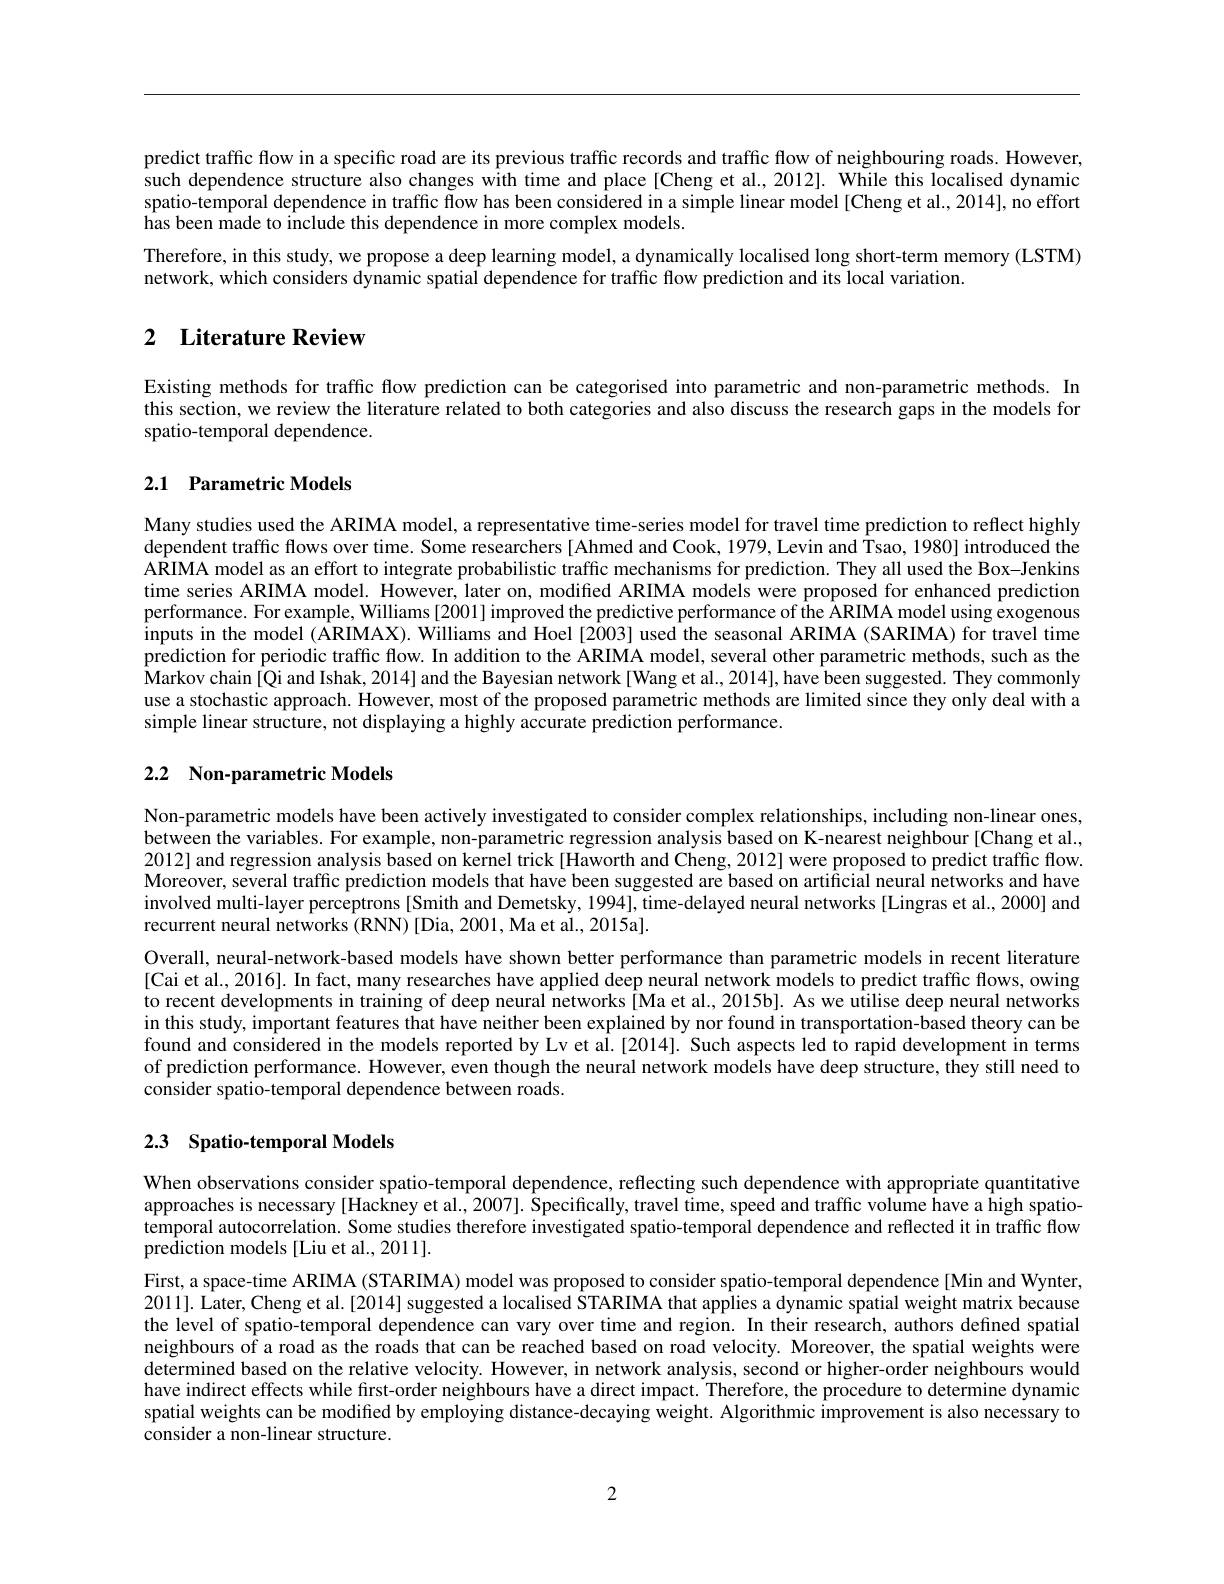
predict traffic flow in a specific road are its previous traffic records and traffic flow of neighbouring roads. However, such dependence structure also changes with time and place [Cheng et al., 2012]. While this localised dynamic spatio-temporal dependence in traffic flow has been considered in a simple linear model [Cheng et al., 2014], no effort has been made to include this dependence in more complex models.
Therefore, in this study, we propose a deep learning model, a dynamically localised long short-term memory (LSTM)
network, which considers dynamic spatial dependence for traffic flow prediction and its local variation.

## 2 Literature Review

Existing methods for traffic flow prediction can be categorised into parametric and non-parametric methods. In this section, we review the literature related to both categories and also discuss the research gaps in the models for spatio-temporal dependence.

## 2.1 Parametric Models

Many studies used the ARIMA model, a representative time-series model for travel time prediction to reflect highly dependent traffic flows over time. Some researchers [Ahmed and Cook, 1979, Levin and Tsao, 1980] introduced the A$\hat{\text{RIMA model as an effort to integrate probabilistic traffic mechanisms for prediction. They all used the Box-Jenkins}^{\prime}{\mathrm{ARIMA~model~as~an~effort~to~integrate~probabilistic~traffic~mechanisms~for~prediction.~They~all~used~the~Box-Jenkins}^{\prime}{\mathrm{ARIM}}}}$ time series ARIMA model. However, later on, modified ARIMA models were proposed for enhanced prediction performance. For example, Williams[2001] improved the predictive performance of the ARIMA model using exogenous inputs in the model (ARIMAX). Williams and Hoel [2003] used the seasonal ARIMA (SARIMA) for travel time prediction for periodic traffic flow. In addition to the ARIMA model, several other parametric methods, such as the Markov chain [Qi and Ishak, 2014] and the Bayesian network [Wang et al., 2014], have been suggested. They commonly use a stochastic approach. However, most of the proposed parametric methods are limited since they only deal with a simple linear structure, not displaying a highly accurate prediction performance.

## 2.2 Non-parametric Models

Non-parametric models have been actively investigated to consider complex relationships, including non-linear ones, between the variables. For example, non-parametric regression analysis based on K-nearest neighbour[Chang et al. 2012] and regression analysis based on kernel trick[Haworth and Cheng, 2012] were proposed to predict traffic flow. Moreover, several traffic prediction models that have been suggested are based on artificial neural networks and have involved multi-layer perceptrons [Smith and Demetsky, 1994], time-delayed neural networks [Lingras et al., 2000] and recurrent neural networks (RNN) [Dia, 2001, Ma et al., 2015a].
Overall, neural-network-based models have shown better performance than parametric models in recent literature [Cai et al., 2016]. In fact, many researches have applied deep neural network models to predict traffic flows, owing to recent developments in training of deep neural networks [Ma et al., 2015b]. As we utilise deep neural networks in this study, important features that have neither been explained by nor found in transportation-based theory can be found and considered in the models reported by Lv et al.[2014]. Such aspects led to rapid development in terms of prediction performance. However, even though the neural network models have deep structure, they still need to consider spatio-temporal dependence between roads.

## 2.3 Spatio-temporal Models

When observations consider spatio-temporal dependence, reflecting such dependence with appropriate quantitative approaches is necessary [Hackney et al., 2007]. Specifically, travel time, speed and traffic volume have a high spatiotemporal autocorrelation. Some studies therefore investigated spatio-temporal dependence and reflected it in traffic flow prediction models [Liu et al., 2011].

First, a space-time ARIMA (STARIMA) model was proposed to consider spatio-temporal dependence[Min and Wynter, 2011]. Later, Cheng et al.[2014] suggested a localised STARIMA that applies a dynamic spatial weight matrix because the level of spatio-temporal dependence can vary over time and region. In their research, authors defined spatial neighbours of a road as the roads that can be reached based on road velocity. Moreover, the spatial weights were determined based on the relative velocity. However, in network analysis, second or higher-order neighbours would have indirect effects while first-order neighbours have a direct impact. Therefore, the procedure to determine dynamic spatial weights can be modified by employing distance-decaying weight. Algorithmic improvement is also necessary to consider a non-linear structure.

2